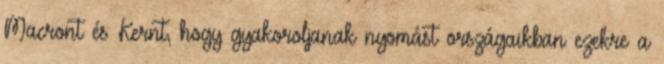
Macront és Kernt, hogy gyakoroljanak nyomást országaikban ezekre a